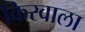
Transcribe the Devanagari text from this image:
किरवाला